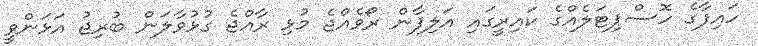
ހައިފާގެ ހޮސްޕިޓަލެއްގެ ކައިރީގައި އަލިފާން ރޯވެއްޖެ މުޅި ރާއްޖެ ގުޅުވާލަން ބުރިޖު އަޅަންވީ